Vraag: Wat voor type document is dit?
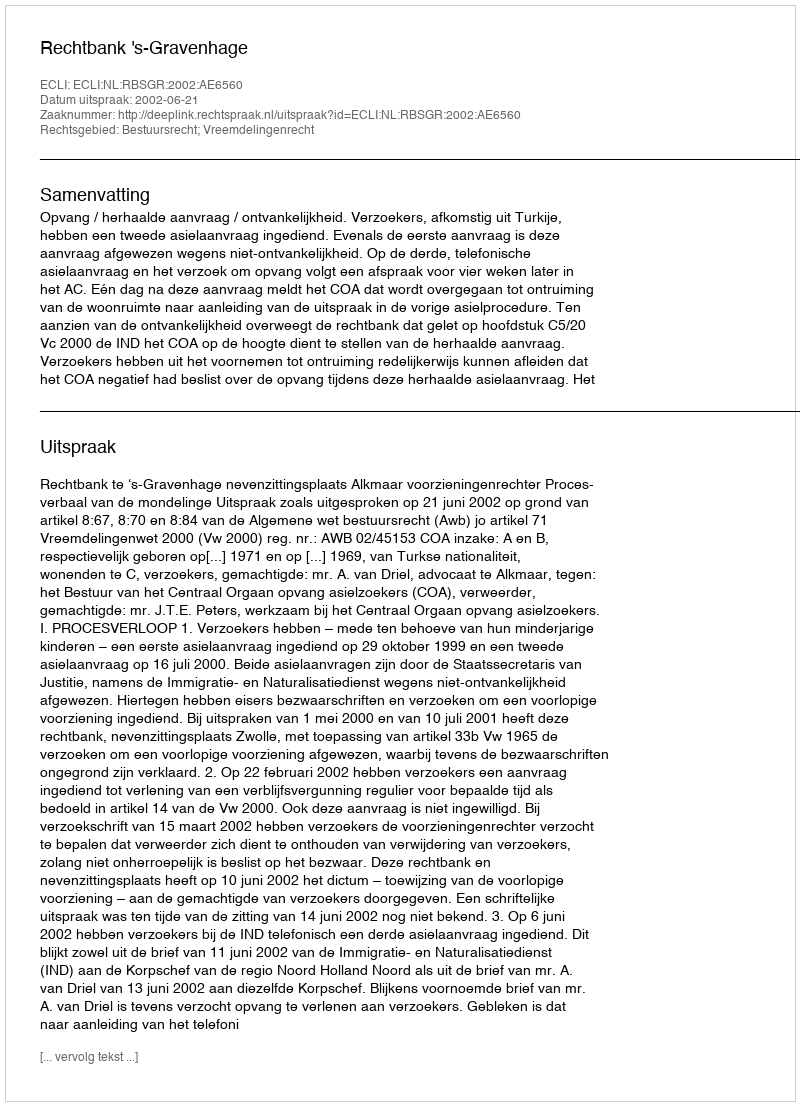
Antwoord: Uitspraak